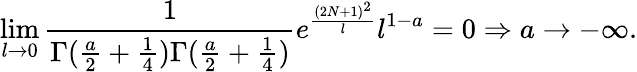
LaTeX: \operatorname*{lim}_{l\rightarrow 0}\frac{1}{\Gamma(\frac{a}{2}+\frac{1}{4})\Gamma(\frac{a}{2}+\frac{1}{4})}e^{\frac{(2N+1)^{2}}{l}}l^{1-a}=0\Rightarrow a\rightarrow-\infty.